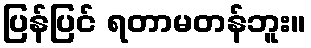
ပြန်ပြင် ရတာမတန်ဘူး။